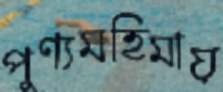
পুণ্যমহিমায়